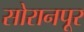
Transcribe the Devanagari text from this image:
सोरानपूर